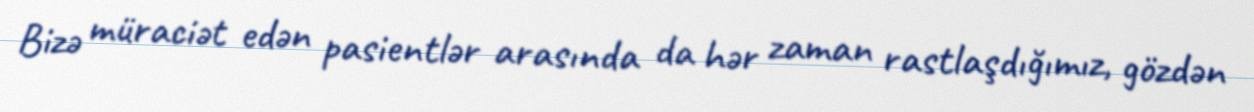
Bizə müraciət edən pasientlər arasında da hər zaman rastlaşdığımız, gözdən